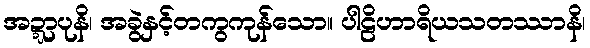
အဍ္ဍာပုနိ၊ အခွဲနှင့်တကွကုန်သော။ ပါဠိဟာရိယသတဿာနိ၊